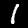
Digit: 1